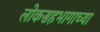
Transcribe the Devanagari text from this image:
लोकसहभागाच्या